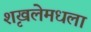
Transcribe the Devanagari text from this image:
शृखलेमधला